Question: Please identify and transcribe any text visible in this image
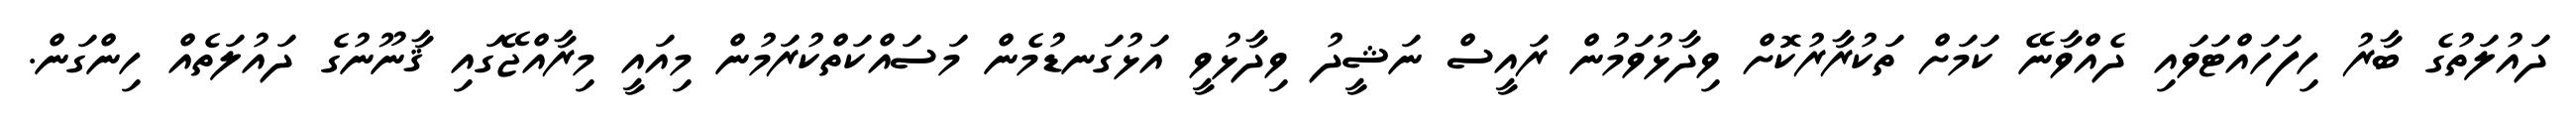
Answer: ދައުލަތުގެ ބާރު ހިފަހައްޓަވައި ދެއްވާނޭ ކަމަށް ތަކުރާރުކޮށް ވިދާޅުވަމުން ރައީސް ނަޝީދު ވިދާޅުވީ އަޅުގަނޑުމެން މަސައްކަތްކުރަމުން މިއައީ މިރާއްޖޭގައި ޤާނޫނުގެ ދައުލަތެއް ހިންގަން.